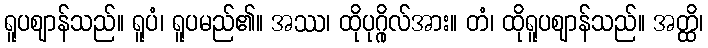
ရူပဈာန်သည်။ ရူပံ၊ ရူပမည်၏။ အဿ၊ ထိုပုဂ္ဂိုလ်အား။ တံ၊ ထိုရူပဈာန်သည်။ အတ္ထိ၊